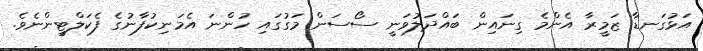
އަޅުގަނޑާ ޒަމީރާ އެންމެ ގިނައިން ބައްދަލުވަނީ ސޯސަން މަގުގައި ހުންނަ އެމަނިކުފާނުގެ ފެކަލްޓީންނެވެ.